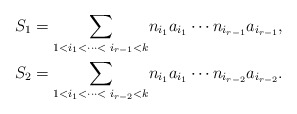
\begin{align*}S_{1} & ={\displaystyle\sum\limits_{1<i_{1}<\cdots<\text{\ }i_{r-1}<k}}n_{i_{1}}a_{i_{1}}\cdots n_{i_{r-1}}a_{i_{r-1}},\\S_{2} & ={\displaystyle\sum\limits_{1<i_{1}<\cdots<\text{\ }i_{r-2}<k}}n_{i_{1}}a_{i_{1}}\cdots n_{i_{r-2}}a_{i_{r-2}}.\end{align*}